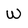
Character: W